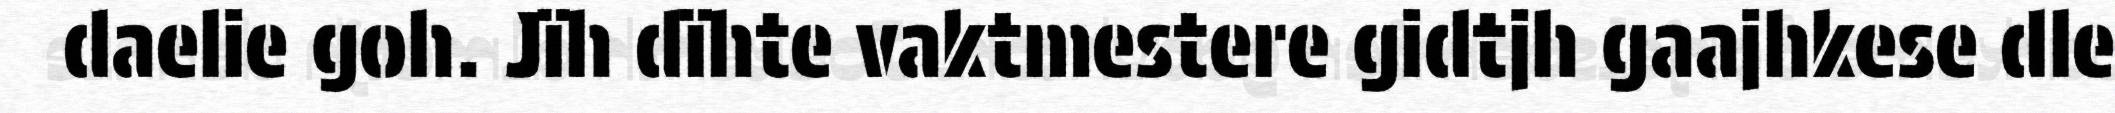
daelie goh. Jïh dïhte vaktmestere gidtjh gaajhkese dle